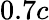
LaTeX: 0.7c